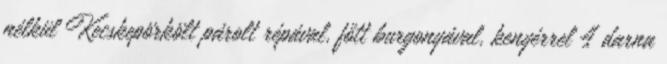
nélkül Kecskepörkölt párolt répával, főtt burgonyával, kenyérrel 4 darna